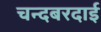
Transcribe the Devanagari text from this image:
चन्दबरदाई